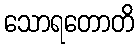
သောရတောတိ